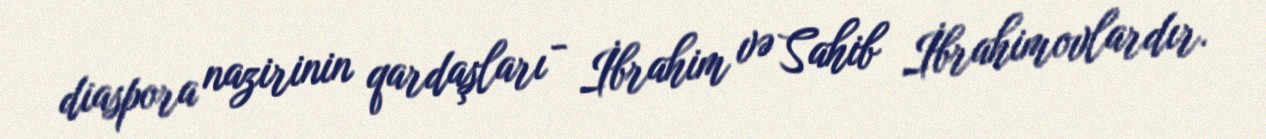
diaspora nazirinin qardaşları - İbrahim və Sahib İbrahimovlardır.